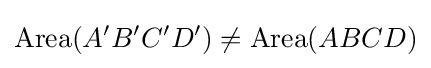
\operatorname {Area} (A'B'C'D')\neq \operatorname {Area} (ABCD)